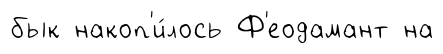
бык накоп'и́лось Ф'еодамант на